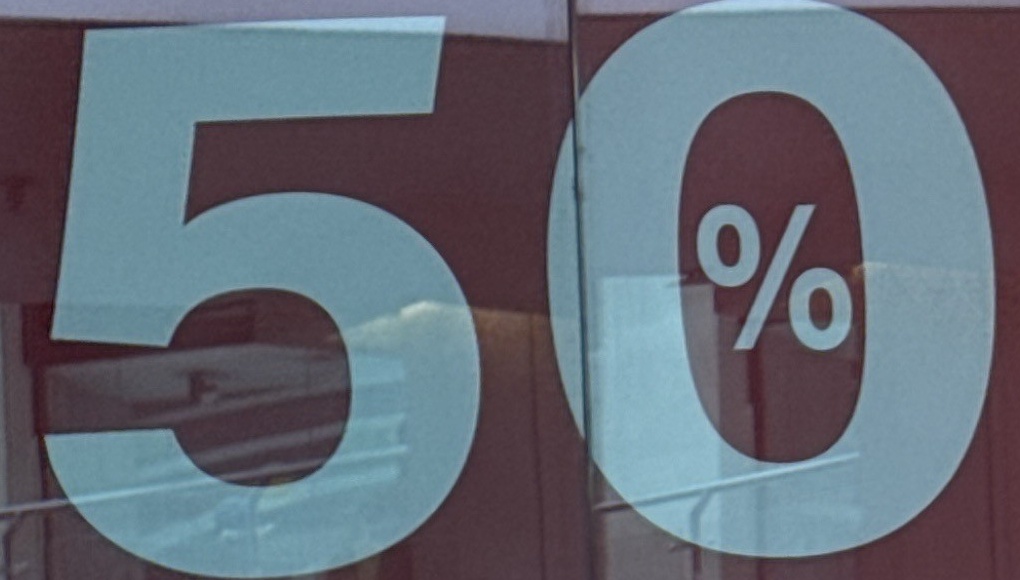
50